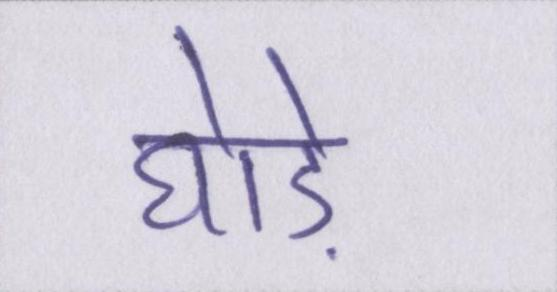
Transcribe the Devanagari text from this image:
घोड़े